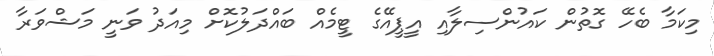
މިކަމާ ބެހޭ ގޮތުން ކައުންސިލާއި އީޕީއޭގެ ޓީމެއް ބައްދަލުކޮށް މިއަދު ވަނީ މަޝްވަރާ